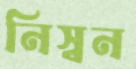
নিস্বন